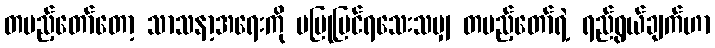
တပည့်တော်တော့ သာသနာ့အရေးကို မပြုပြင်ရသေးသမျှ တပည့်တော်ရဲ့ ရည်ရွယ်ချက်ဟာ